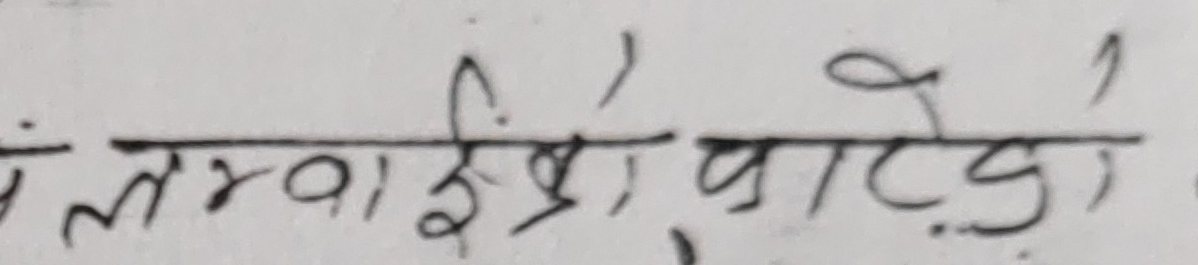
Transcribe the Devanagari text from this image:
लंबाई ई, प्राटडे।